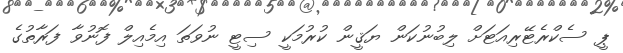
ޕީ ސެކްރެޓޭރިއަޓަށް ލިބުނުކަން ޔަޤީން ކުރުމަކީ ސިޓީ ނުވަތަ އިމެއިލް ފޮނުވާ ފަރާތުގެ